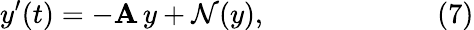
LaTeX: y^{\prime}(t)=-\mathbf{A}\, y+{\mathcal{{N}}}(y),\qquad\qquad\qquad(7)